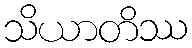
သိယာတိဿ